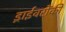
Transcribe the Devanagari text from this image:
ड्राईवरोंकी